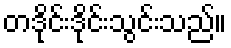
တဒိုင်းဒိုင်းသွင်းသည်။